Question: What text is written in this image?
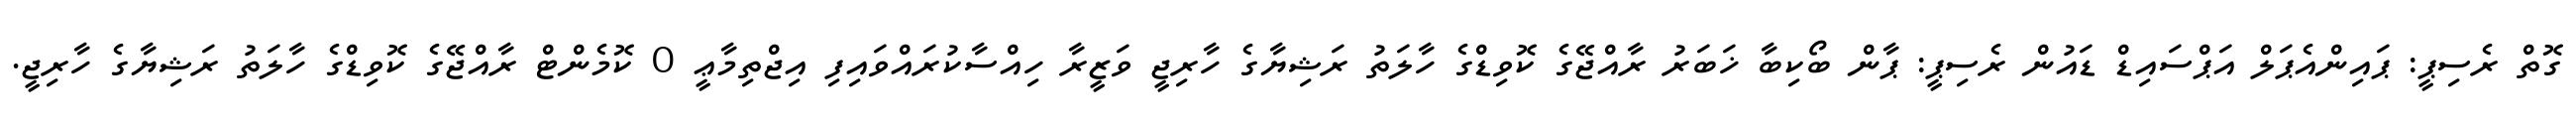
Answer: ގޮތް ރެސިޕީ: ޕައިންއެޕަލް އަޕްސައިޑް ޑައުން ރެސިޕީ: ޕާން ބޯކިބާ ޚަބަރު ރާއްޖޭގެ ކޮވިޑްގެ ހާލަތު ރަޝިޔާގެ ހާރިޖީ ވަޒީރާ ހިއްސާކުރައްވައިފި އިޖްތިމާޢީ 0 ކޮމެންޓް ރާއްޖޭގެ ކޮވިޑްގެ ހާލަތު ރަޝިޔާގެ ހާރިޖީ.